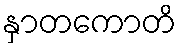
နှာတကောတိ